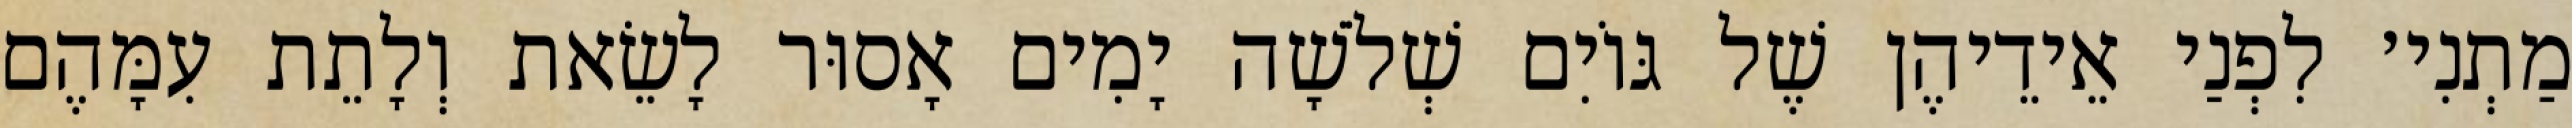
מַתְנִי׳ לִפְנַי אֵידֵיהֶן שֶׁל גּוֹיִם שְׁלֹשָׁה יָמִים אָסוּר לָשֵׂאת וְלָתֵת עִמָּהֶם